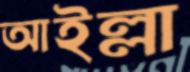
আইল্লা